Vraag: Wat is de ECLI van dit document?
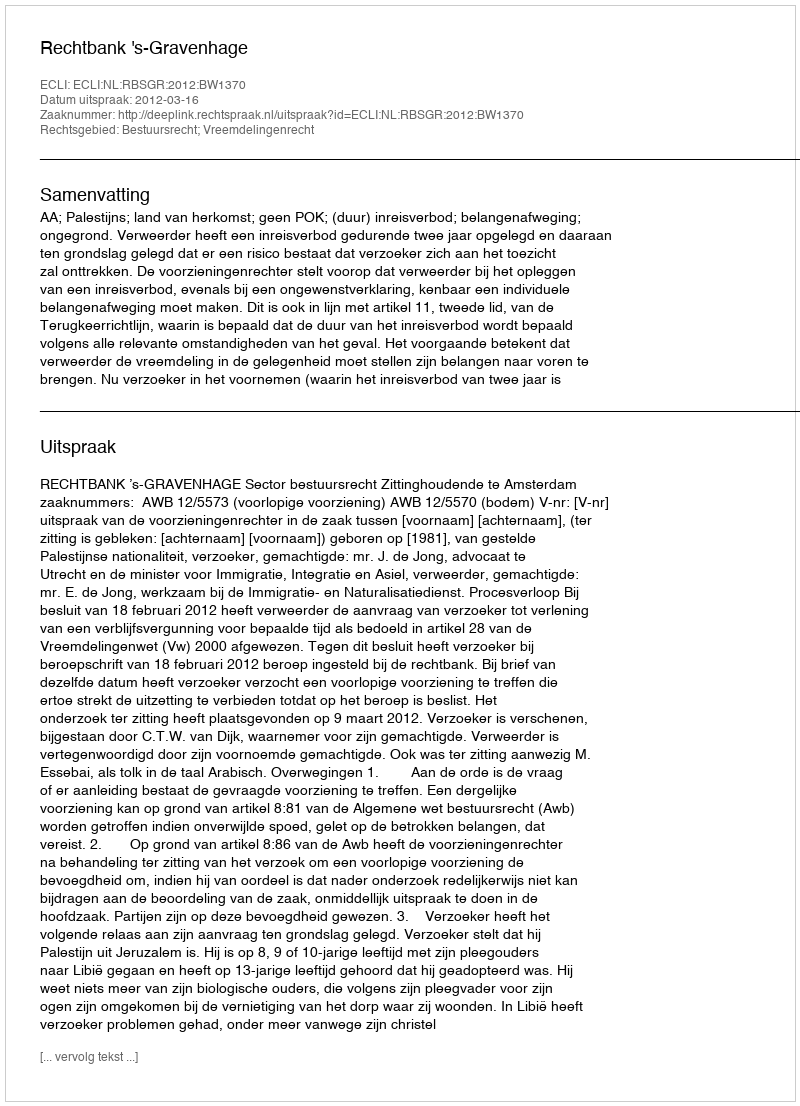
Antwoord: ECLI:NL:RBSGR:2012:BW1370